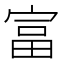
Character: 富